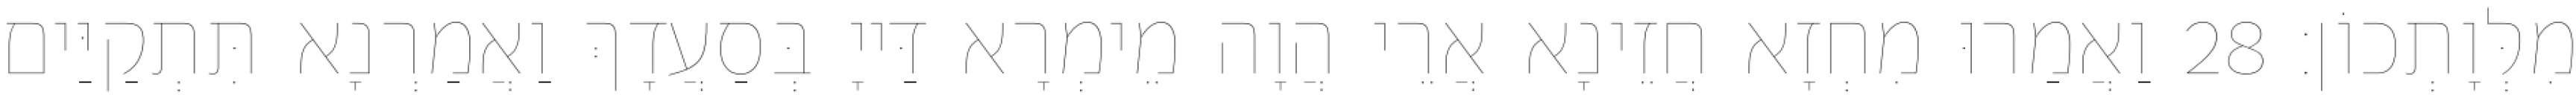
מִלְּוָתְכוֹן׃ 28 וַאֲמַרוּ מִחְזָא חֲזֵינָא אֲרֵי הֲוָה מֵימְרָא דַּייָ בְּסַעֲדָךְ וַאֲמַרְנָא תִּתְקַיַּים